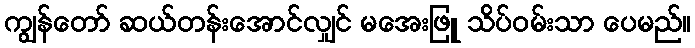
ကျွန်တော် ဆယ်တန်းအောင်လျှင် မအေးဖြူ သိပ်ဝမ်းသာ ပေမည်။